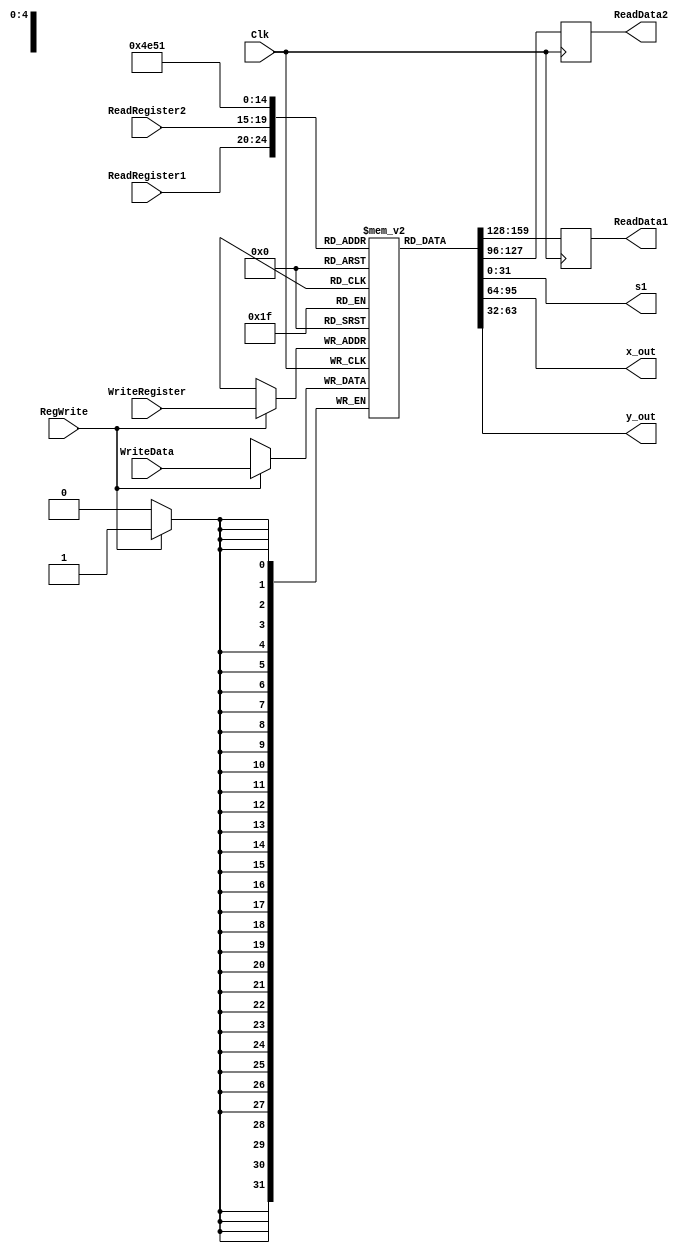
`timescale 1ns / 1ps

////////////////////////////////////////////////////////////////////////////////
// ECE369 - Computer Architecture
// 
//
//
// Student(s) Name and Last Name: Dorian Shay, Sebastian Longoria, Aidan Roig
//
//
// Module - register_file.v
// Description - Implements a register file with 32 32-Bit wide registers.
//
// 
// INPUTS:-
// ReadRegister1: 5-Bit address to select a register to be read through 32-Bit 
//                output port 'ReadRegister1'.
// ReadRegister2: 5-Bit address to select a register to be read through 32-Bit 
//                output port 'ReadRegister2'.
// WriteRegister: 5-Bit address to select a register to be written through 32-Bit
//                input port 'WriteRegister'.
// WriteData: 32-Bit write input port.
// RegWrite: 1-Bit control input signal.
//
// OUTPUTS:-
// ReadData1: 32-Bit registered output. 
// ReadData2: 32-Bit registered output. 
//
// FUNCTIONALITY:-
// 'ReadRegister1' and 'ReadRegister2' are two 5-bit addresses to read two 
// registers simultaneously. The two 32-bit data sets are available on ports 
// 'ReadData1' and 'ReadData2', respectively. 'ReadData1' and 'ReadData2' are 
// registered outputs (output of register file is written into these registers 
// at the falling edge of the clock). You can view it as if outputs of registers
// specified by ReadRegister1 and ReadRegister2 are written into output 
// registers ReadData1 and ReadData2 at the falling edge of the clock. 
//
// 'RegWrite' signal is high during the rising edge of the clock if the input 
// data is to be written into the register file. The contents of the register 
// specified by address 'WriteRegister' in the register file are modified at the 
// rising edge of the clock if 'RegWrite' signal is high. The D-flip flops in 
// the register file are positive-edge (rising-edge) triggered. (You have to use 
// this information to generate the write-clock properly.) 
//
// NOTE:-
// We will design the register file such that the contents of registers do not 
// change for a pre-specified time before the falling edge of the clock arrives 
// to allow for data multiplexing and setup time.
////////////////////////////////////////////////////////////////////////////////

module RegisterFile(s1, x_out, y_out, ReadRegister1, ReadRegister2, WriteRegister, WriteData, RegWrite, Clk, ReadData1, ReadData2);

	/* Please fill in the implementation here... */
	input [4:0] ReadRegister1, ReadRegister2, WriteRegister;
	input [31:0] WriteData;
	input RegWrite;
	input Clk;
	output reg [31:0] ReadData1, ReadData2, x_out, y_out, s1;
	
	reg [31:0] RegFile [0:31];
	
	always @ (posedge Clk) begin
	   if (RegWrite == 1) begin
	       RegFile[WriteRegister] <= WriteData;
	   end
    end
    
    always @ (negedge Clk) begin
       ReadData1 <= RegFile[ReadRegister1];
	   ReadData2 <= RegFile[ReadRegister2];
    end
    
    always @ (*) begin
        x_out <= RegFile[19];  // $s3
	    y_out <= RegFile[18];  // $s2
	    s1 <= RegFile[17];
	    
	end

endmodule